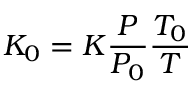
K _ { 0 } = K \frac { P } { P _ { 0 } } \frac { T _ { 0 } } { T }